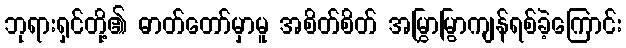
ဘုရားရှင်တို့၏ ဓာတ်တော်မှာမူ အစိတ်စိတ် အမြွှာမြွာကျန်ရစ်ခဲ့ကြောင်း